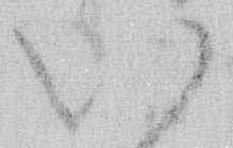
い